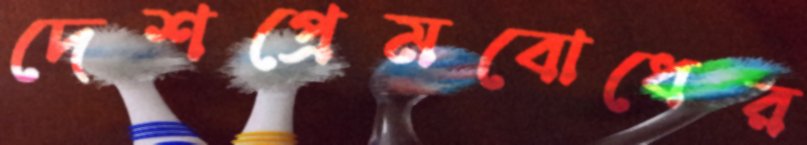
দেশপ্রেমবোধের